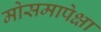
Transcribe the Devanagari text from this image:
मोसमापेक्षा